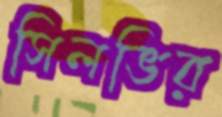
সিলভির